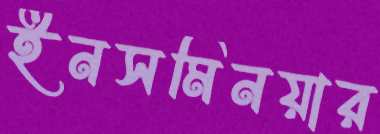
ইনসমিনয়ার